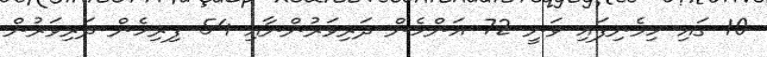
10 ގައި ހިމެނިފައި ވަނީ 72 އަންހެން ދަރިވަރުންނާއި 54 ފިރިހެން ދަރިވަރުން